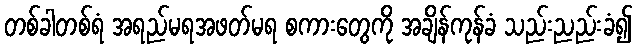
တစ်ခါတစ်ရံ အရည်မရအဖတ်မရ စကားတွေကို အချိန်ကုန်ခံ သည်းညည်းခံ၍